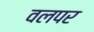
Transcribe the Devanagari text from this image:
वलपर